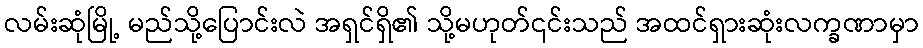
လမ်းဆုံမြို့ မည်သို့ပြောင်းလဲ အရှင်ရှိ၏ သို့မဟုတ်၎င်းသည် အထင်ရှားဆုံးလက္ခဏာမှာ